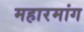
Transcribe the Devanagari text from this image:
महारमांग